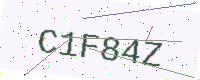
Text: C1F84Z